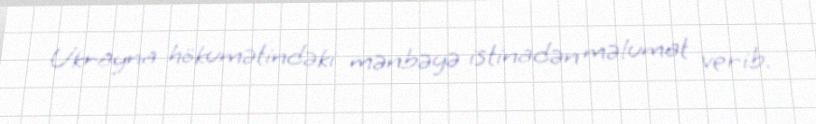
Ukrayna hökumətindəki mənbəyə istinadən məlumat verib.